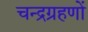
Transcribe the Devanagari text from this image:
चन्द्रग्रहणों